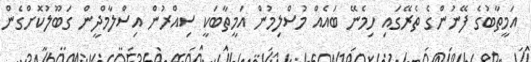
އަމީތާބުގެ ފޭނުންގެ ތެރޭގައި ހިމެނޭ ބައެއް މުސްލިމުން އަމީތާބަކީ ސިއްރުން އިސްލާމްދީން ގަބޫލުކޮށްގެން